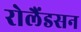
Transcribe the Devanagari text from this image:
रोलैंडसन